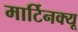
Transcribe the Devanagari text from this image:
मार्टिनक्यू